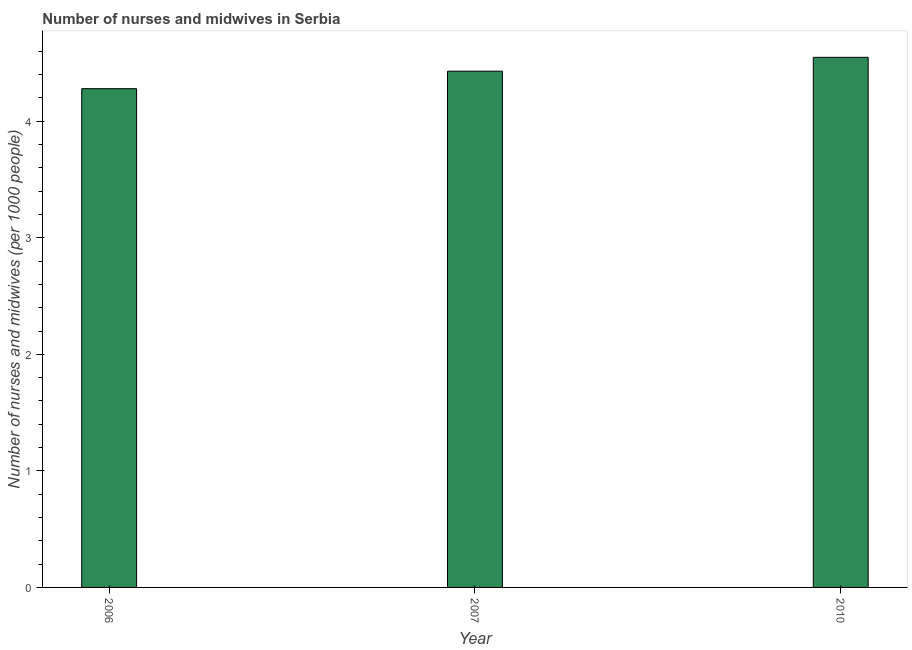
| Year | Nurses and midwives |
 | --- | --- |
 | 2006 | 4.28 |
 | 2007 | 4.43 |
 | 2010 | 4.55 |